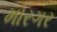
મોરગર